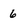
Character: 6